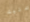
عليك